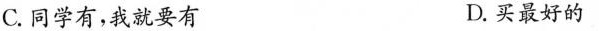
C.同学有，我就要有 D.买最好的